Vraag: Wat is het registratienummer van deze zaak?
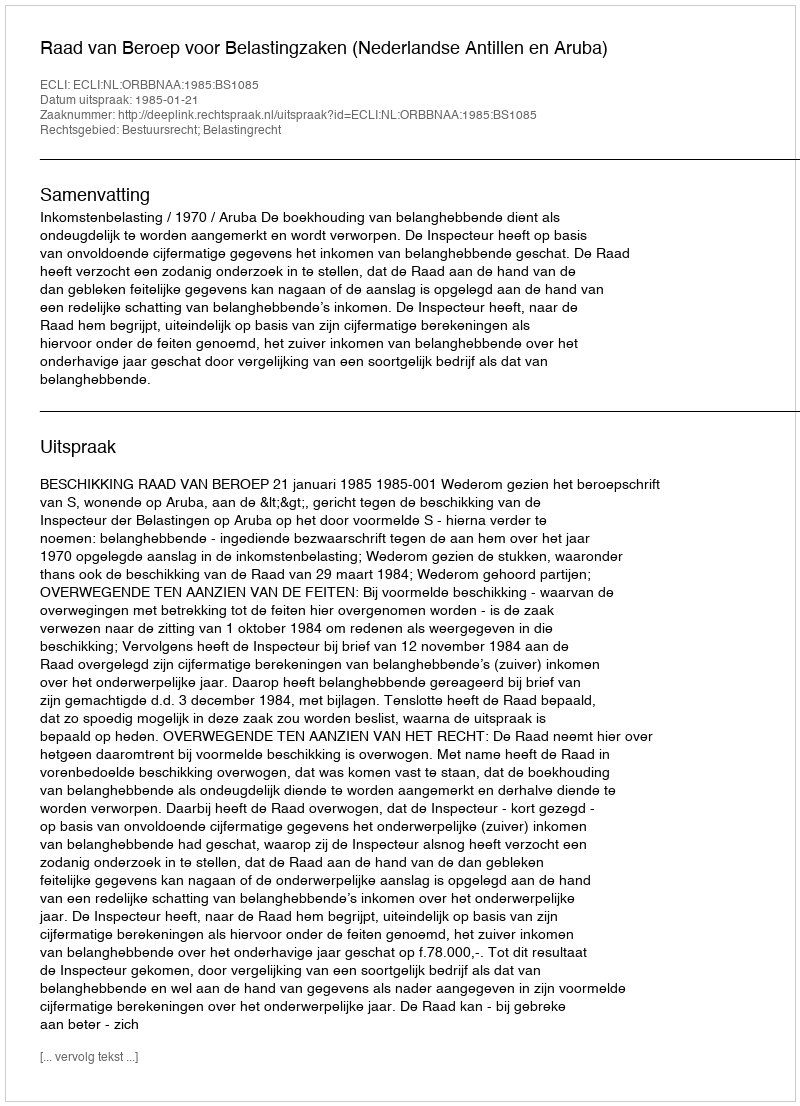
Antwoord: http://deeplink.rechtspraak.nl/uitspraak?id=ECLI:NL:ORBBNAA:1985:BS1085